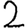
Digit: 2